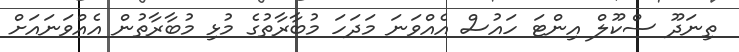
ތިނަދޫ ސްކޫލް އިންޓަ ހައުސް އެއްވަނަ މަދަހަ މުބާރާތުގެ މުޅި މުބާރާތުން އެއްވަނައަށް